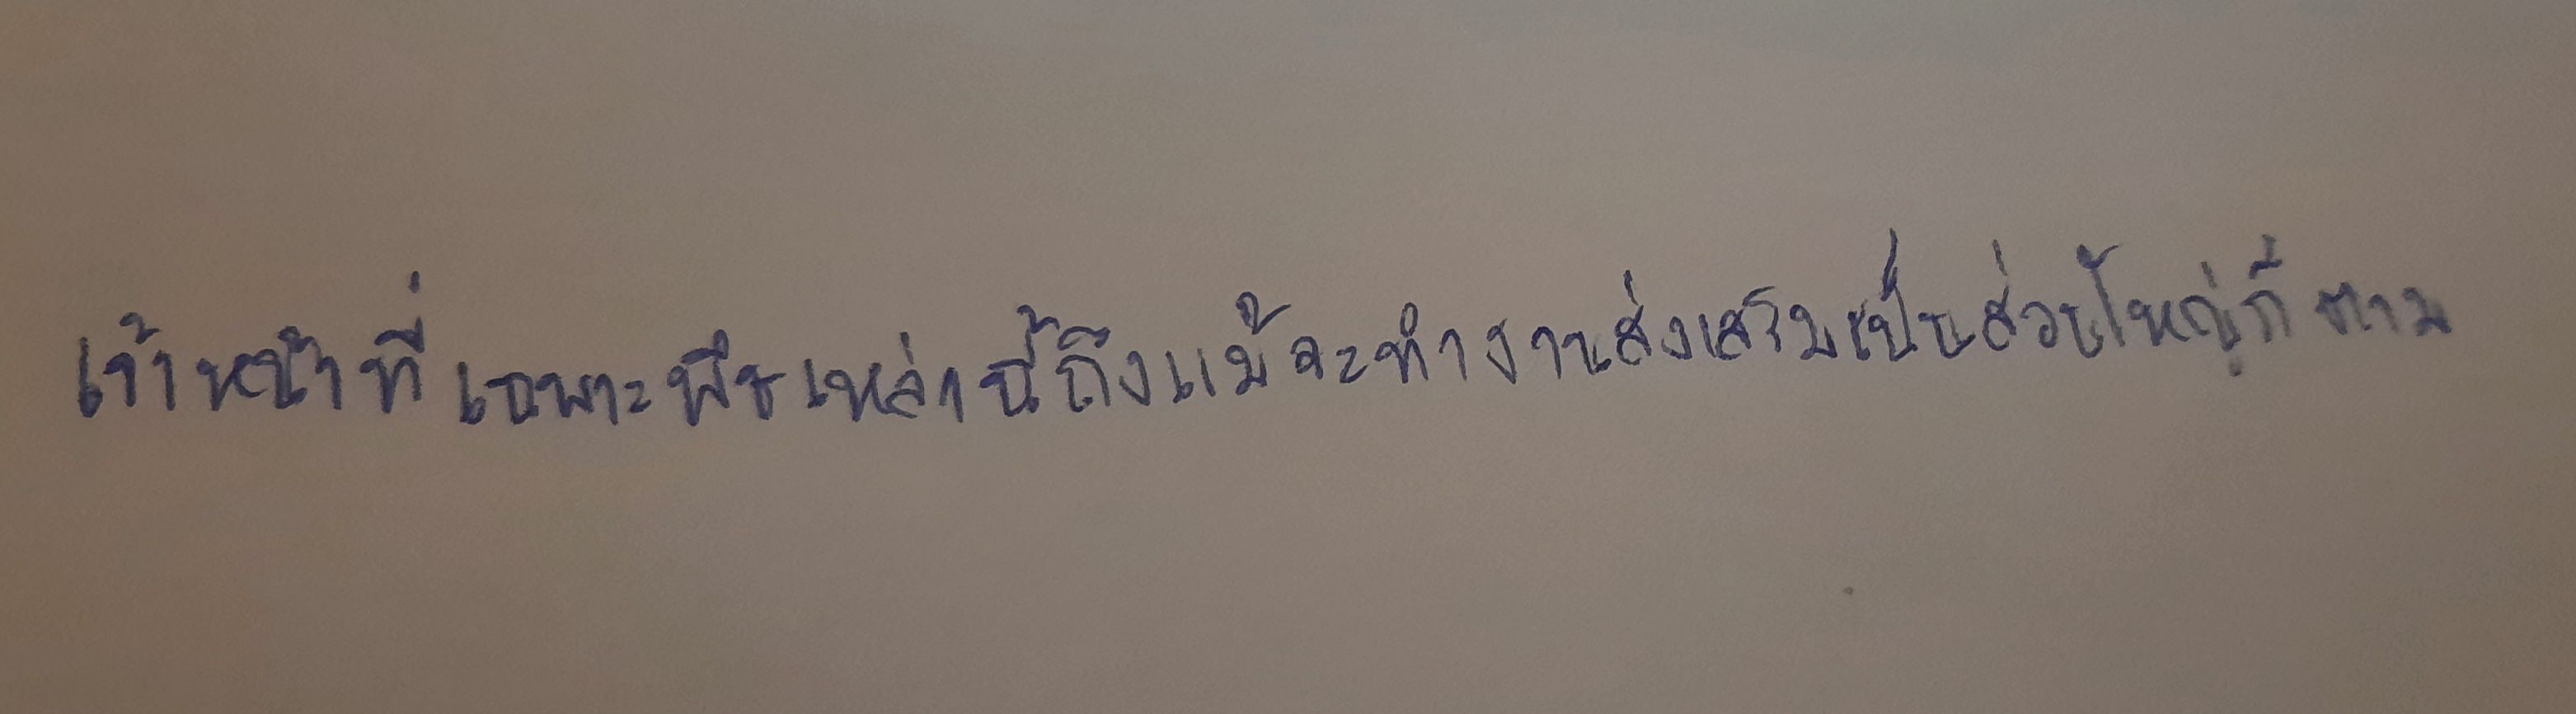
เจ้าหน้าที่เฉพาะพืชเหล่านี้ถึงแม้จะทำงานส่งเสริมเป็นส่วนใหญ่ก็ตาม